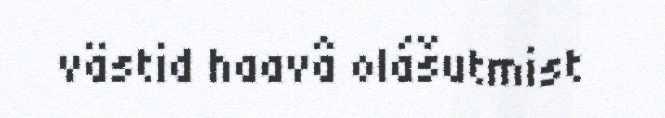
västid haavâ olášutmist